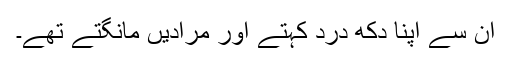
ان سے اپنا دکھ درد کہتے اور مرادیں مانگتے تھے۔